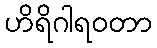
ဟိရိဂါရဝတာ